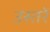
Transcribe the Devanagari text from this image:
उस्तरें